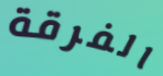
الفرقة